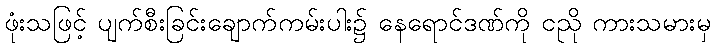
ဖုံးသဖြင့် ပျက်စီးခြင်းချောက်ကမ်းပါး၌ နေရောင်ဒဏ်ကို ငညို ကားသမားမှ